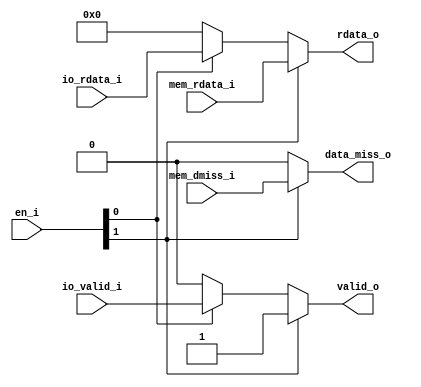
//////////////////////////////////////////////////////////////////////////////////
// Copyright (c) 2023, c.fan                                                      
//                                                                                
// Redistribution and use in source and binary forms, with or without             
// modification, are permitted provided that the following conditions are met:    
//                                                                                
// 1. Redistributions of source code must retain the above copyright notice, this 
//    list of conditions and the following disclaimer.                            
//                                                                                
// 2. Redistributions in binary form must reproduce the above copyright notice,   
//    this list of conditions and the following disclaimer in the documentation   
//    and/or other materials provided with the distribution.                      
//                                                                                
// 3. Neither the name of the copyright holder nor the names of its               
//    contributors may be used to endorse or promote products derived from        
//    this software without specific prior written permission.                    
//                                                                                
// THIS SOFTWARE IS PROVIDED BY THE COPYRIGHT HOLDERS AND CONTRIBUTORS "AS IS"    
// AND ANY EXPRESS OR IMPLIED WARRANTIES, INCLUDING, BUT NOT LIMITED TO, THE      
// IMPLIED WARRANTIES OF MERCHANTABILITY AND FITNESS FOR A PARTICULAR PURPOSE ARE 
// DISCLAIMED. IN NO EVENT SHALL THE COPYRIGHT HOLDER OR CONTRIBUTORS BE LIABLE   
// FOR ANY DIRECT, INDIRECT, INCIDENTAL, SPECIAL, EXEMPLARY, OR CONSEQUENTIAL     
// DAMAGES (INCLUDING, BUT NOT LIMITED TO, PROCUREMENT OF SUBSTITUTE GOODS OR     
// SERVICES; LOSS OF USE, DATA, OR PROFITS; OR BUSINESS INTERRUPTION) HOWEVER     
// CAUSED AND ON ANY THEORY OF LIABILITY, WHETHER IN CONTRACT, STRICT LIABILITY,  
// OR TORT (INCLUDING NEGLIGENCE OR OTHERWISE) ARISING IN ANY WAY OUT OF THE USE  
// OF THIS SOFTWARE, EVEN IF ADVISED OF THE POSSIBILITY OF SUCH DAMAGE.           
//////////////////////////////////////////////////////////////////////////////////

/**
 * load store io collector to provide a single interface
 * maybe merge into memacc
 */
 
 
module ldstio_collector (
   input       [1:0]    en_i           ,  // which one? 2'b10 mem, 2'b01 io
   input       [31:0]   mem_rdata_i    ,
   input                mem_dmiss_i    ,
   input       [31:0]   io_rdata_i     ,
   input                io_valid_i     ,
   // unified data
   output reg  [31:0]   rdata_o        ,
   output reg           data_miss_o    ,
   output reg           valid_o        
   );
   
   localparam  MEM_EN = 2'b10;
   localparam  IO_EN =  2'b01;
//   always @(*) begin
//      case (en_i)
//         MEM_EN : begin
//            rdata_o     =  mem_rdata_i;
//            data_miss_o =  mem_dmiss_i;
//            valid_o     =  1'b1;
//         end
//         IO_EN : begin
//            rdata_o     =  io_rdata_i;
//            data_miss_o =  1'b0;
//            valid_o     =  io_valid_i;
//         end
//         default : begin
//            rdata_o     =  32'b0;
//            data_miss_o =  1'b0;
//            valid_o     =  1'b0;
//         end
//      endcase
//   end 
   
   always @(*) begin
      if (en_i[1]) begin
         rdata_o     =  mem_rdata_i;
         data_miss_o =  mem_dmiss_i;
         valid_o     =  1'b1;
      end
      else if (en_i[0]) begin
         rdata_o     =  io_rdata_i;
         data_miss_o =  1'b0;
         valid_o     =  io_valid_i;
      end
      else begin
         rdata_o     =  32'b0;
         data_miss_o =  1'b0;
         valid_o     =  1'b0;
      end
   end 
   
endmodule